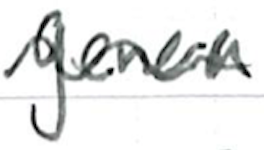
Text: genera
Cross-out: wave
Writing tool: ballpoint